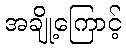
အချို့ကြောင့်